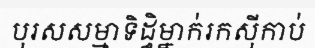
បុរសសម្មាទិដ្ធិម្នាក់រកស៊ីកាប់